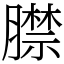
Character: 𦡞